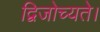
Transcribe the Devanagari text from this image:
द्विजोच्यते।